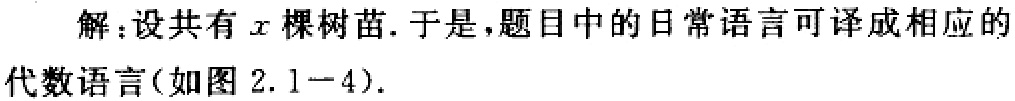
解：设共有\(x\)棵树苗. 于是，题目中的日常语言可译成相应的

代数语言(如图 \(2.1 - 4\)).